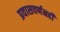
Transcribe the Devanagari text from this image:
प्रवासवर्णनही